Civil Veterinary Department Bengal reports 1923-33 - 1923-1933
Year: 1923
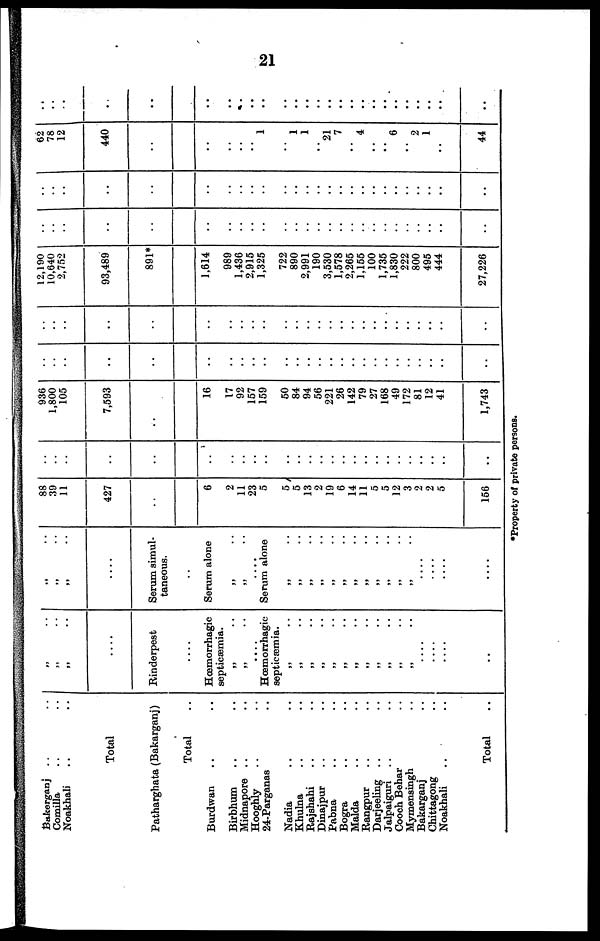
21
Bakerganj .. ..
Comilla .. ..
Noakhali .. ..
Total
Patharghata (Bakarganj)
Total ..
Burdwan .. ..
Birbhum .. ..
Midnapore .. ..
Hooghly .. ..
24-Parganas ..
Nadia .. ..
Khulna .. ..
Rajshahi .. ..
Dinajpur .. ..
Pabna .. ..
Bogra .. ..
Malda .. ..
Rangpur .. ..
Darjeeling .. ..
Jalpaiguri .. ..
Cooch Behar ..
Mymensingh ..
Bakarganj ..
Chittagong ..
Noakhali .. ..
Total ..
„ ..
„ ..
„ ..
....
Rinderpest
....
Hœmorrhagic
septicæmia.
„ ..
„ ..
....
Hœmorrhagic
septicæmia.
„ ..
„ ..
„ ..
„ ..
„ ..
„ ..
„ ..
„ ..
„ ..
„ ..
„ ..
„ ..
....
....
....
..
„ ..
„ ..
„ ..
....
Serum simul-
taneous.
..
Serum alone
„ ..
„ ..
....
Serum alone
„ ..
„ ..
„ ..
„ ..
„ ..
„ ..
„ ..
„ ..
„ ..
„ ..
„ ..
„ ..
....
....
....
....
88
39
11
427
..
..
6
2
11
23
5
5
5
13
2
19
6
14
11
5
5
12
3
2
2
5
166
..
..
..
..
..
..
..
..
..
..
..
..
..
..
..
..
..
..
..
..
..
..
..
..
..
..
..
936
1,800
105
7,693
..
..
16
17
92
157
159
50
84
94
56
221
26
142
79
27
168
49
172
81
12
41
1,743
..
..
..
..
..
..
..
..
..
..
..
..
..
..
..
..
..
..
..
..
..
..
..
..
..
..
..
..
..
..
..
..
..
..
..
..
..
..
..
..
..
..
..
..
..
..
..
..
..
..
..
..
..
..
12,190
10,640
2,752
93,489
891*
..
1,614
989
1,436
2,915
1,325
722
890
2,991
190
3,530
1,578
2,266
1,155
100
1,735
1,830
222
800
495
444
27,226
..
..
..
..
..
..
..
..
..
..
..
..
..
..
..
..
..
..
..
..
..
..
..
..
..
..
..
..
..
..
..
..
..
..
..
..
..
..
..
..
..
..
..
..
..
..
..
..
..
..
..
..
..
..
62
78
12
440
..
..
..
..
..
..
1
..
1
1
..
21
7
..
4
..
..
6
..
2
1
..
44
..
..
..
..
..
..
..
..
..
..
..
..
..
..
..
..
..
..
..
..
..
..
..
..
..
..
..
* Property of private persons.